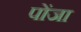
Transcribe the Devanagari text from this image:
पोंजा